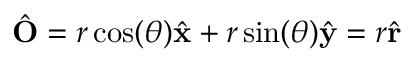
{ \hat { \mathbf { O } } } = r \cos ( \theta ) { \hat { \mathbf { x } } } + r \sin ( \theta ) { \hat { \mathbf { y } } } = r { \hat { \mathbf { r } } }